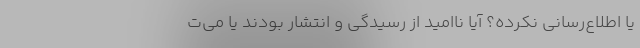
یا اطلاع‌رسانی نکرده؟ آیا ناامید از رسیدگی و انتشار بودند یا می‌ت